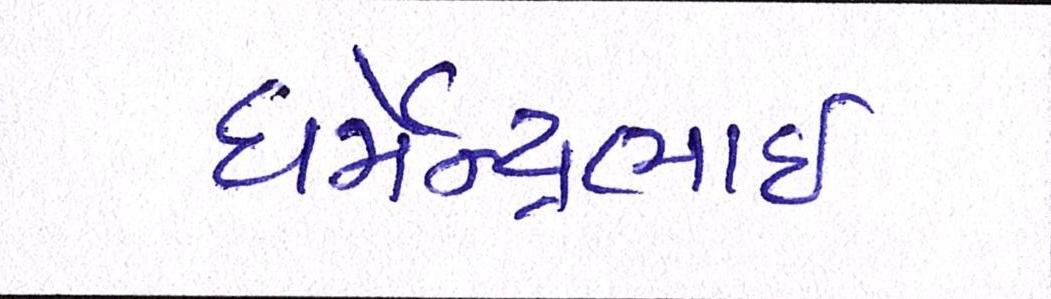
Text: ધર્મેન્દ્રભાઇ